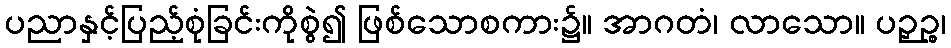
ပညာနှင့်ပြည့်စုံခြင်းကိုစွဲ၍ ဖြစ်သောစကား၌။ အာဂတံ၊ လာသော။ ပဉှဉ္စ၊